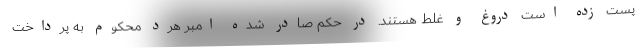
پست زده است دروغ و غلط هستند. در حکم صادر شده امبر هرد محکوم به پرداخت